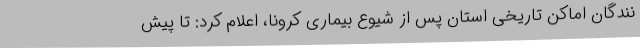
نندگان اماکن تاریخی استان پس از شیوع بیماری کرونا، اعلام کرد: تا پیش